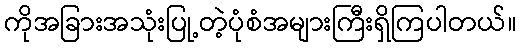
ကိုအခြားအသုံးပြု့တဲ့ပုံစံအများကြီးရှိကြပါတယ်။